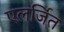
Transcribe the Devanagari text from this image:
एलर्जित